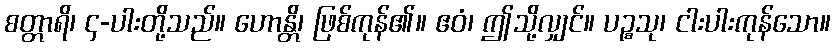
စတ္တာရိ၊ ၄-ပါးတို့သည်။ ဟောန္တိ၊ ဖြစ်ကုန်၏။ ဧဝံ၊ ဤသို့လျှင်။ ပဉ္စသု၊ ငါးပါးကုန်သော။